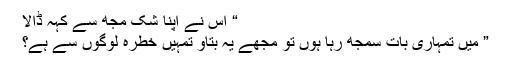
“ اس نے اپنا شک مجھ سے کہہ ڈالا
” میں تمہاری بات سمجھ رہا ہوں تو مجھے یہ بتاو تمہیں خطرہ لوگوں سے ہے؟